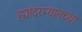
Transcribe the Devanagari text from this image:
ह्यांदरम्यानच्या